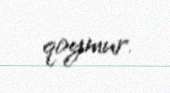
qoymur.